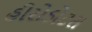
હીરોડોટસ